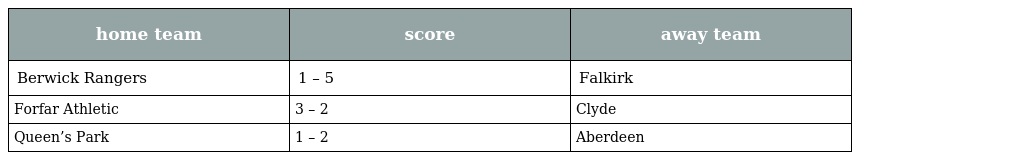
| home team | score | away team |
 | --- | --- | --- |
 | Berwick Rangers | 1 – 5 | Falkirk |
 | Forfar Athletic | 3 – 2 | Clyde |
 | Queen’s Park | 1 – 2 | Aberdeen |